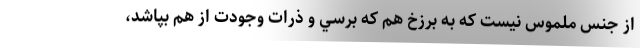
از جنس ملموس نيست كه به برزخ هم كه برسي و ذرات وجودت از هم بپاشد،